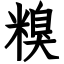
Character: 糗